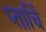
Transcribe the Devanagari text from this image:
प्ताचिं